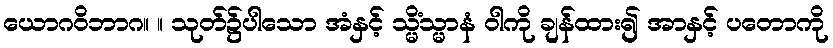
ယောဂဝိဘာဂ။ ။ သုတ်၌ပါသော အံနှင့် သ္မိံသ္မာနံ ဝါကို ချန်ထား၍ အာနှင့် ပတောကို